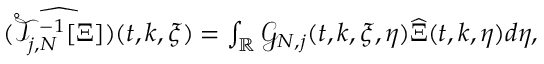
\begin{array} { r } { \widehat { ( \mathring { \mathcal { T } } _ { j , N } ^ { - 1 } [ \Xi ] ) } ( t , k , \xi ) = \int _ { \mathbb { R } } \mathcal { G } _ { N , j } ( t , k , \xi , \eta ) \widehat { \Xi } ( t , k , \eta ) d \eta , } \end{array}